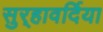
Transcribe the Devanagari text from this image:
सुर्‍हावर्दिया